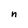
Character: n